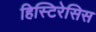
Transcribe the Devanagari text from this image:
हिस्टिरेसिस